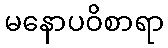
မနောပဝိစာရာ